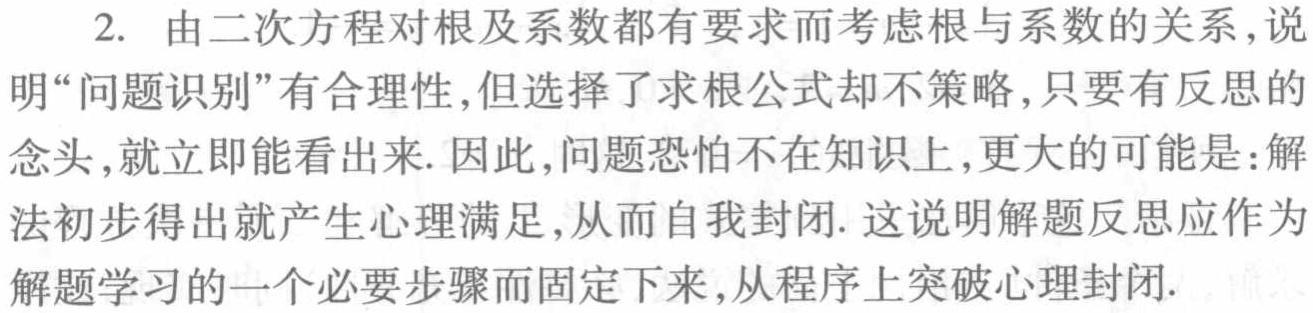
2. 由二次方程对根及系数都有要求而考虑根与系数的关系, 说明“问题识别”有合理性, 但选择了求根公式却不策略, 只要有反思的念头, 就立即能看出来. 因此, 问题恐怕不在知识上, 更大的可能是: 解法初步得出就产生心理满足, 从而自我封闭. 这说明解题反思应作为解题学习的一个必要步骤而固定下来, 从程序上突破心理封闭.